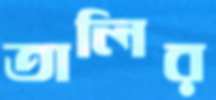
তালির